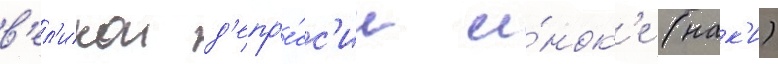
в'ел'икои д'епр'е́сс'ии и́нок'е (нак'и)